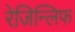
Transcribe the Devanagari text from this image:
रेजिन्लिफ